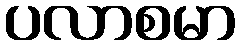
ပလာစမာ